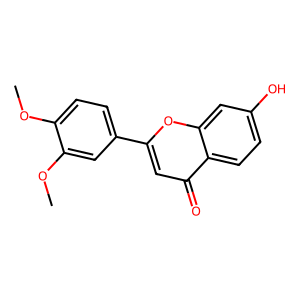
SMILES: COc1ccc(-c2cc(=O)c3ccc(O)cc3o2)cc1OC
Inhibits HIV replication: No